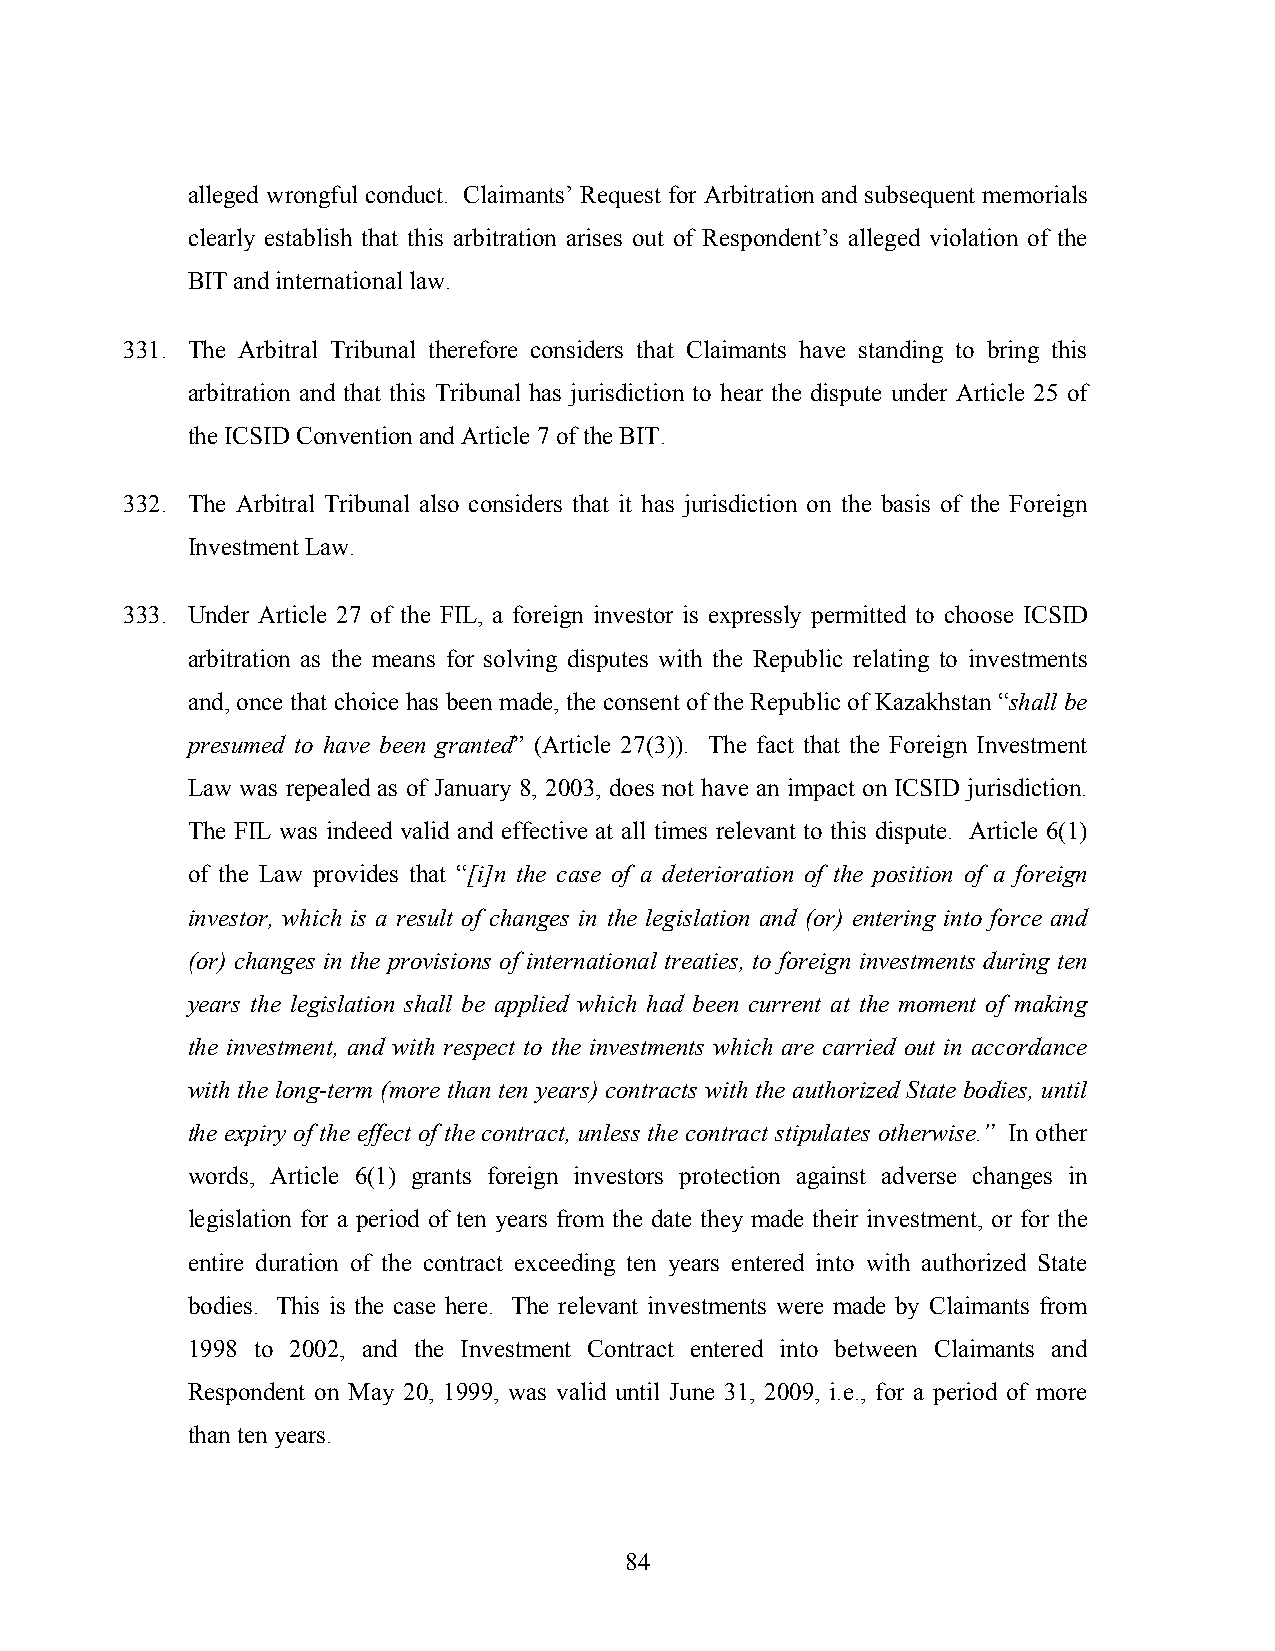
alleged wrongful conduct. Claimants’ Request for Arbitration and subsequent memorials
 clearly establish that this arbitration arises out of Respondent’s alleged violation of the
 BIT and international law.
 331. The Arbitral Tribunal therefore considers that Claimants have standing to bring this
 arbitration and that this Tribunal has jurisdiction to hear the dispute under Article 25 of
 the ICSID Convention and Article 7 of the BIT.
 332. The Arbitral Tribunal also considers that it has jurisdiction on the basis of the Foreign
 Investment Law.
 333. Under Article 27 of the FIL, a foreign investor is expressly permitted to choose ICSID
 arbitration as the means for solving disputes with the Republic relating to investments
 and, once that choice has been made, the consent of the Republic of Kazakhstan “shall be
 presumed to have been granted” (Article 27(3)). The fact that the Foreign Investment
 Law was repealed as of January 8, 2003, does not have an impact on ICSID jurisdiction.
 The FIL was indeed valid and effective at all times relevant to this dispute. Article 6(1)
 of the Law provides that “[i]n the case of a deterioration of the position of a foreign
 investor, which is a result of changes in the legislation and (or) entering into force and
 (or) changes in the provisions of international treaties, to foreign investments during ten
 years the legislation shall be applied which had been current at the moment of making
 the investment, and with respect to the investments which are carried out in accordance
 with the long-term (more than ten years) contracts with the authorized State bodies, until
 the expiry of the effect of the contract, unless the contract stipulates otherwise.” In other
 words, Article 6(1) grants foreign investors protection against adverse changes in
 legislation for a period of ten years from the date they made their investment, or for the
 entire duration of the contract exceeding ten years entered into with authorized State
 bodies. This is the case here. The relevant investments were made by Claimants from
 1998 to 2002, and the Investment Contract entered into between Claimants and
 Respondent on May 20, 1999, was valid until June 31, 2009, i.e., for a period of more
 than ten years.
 84